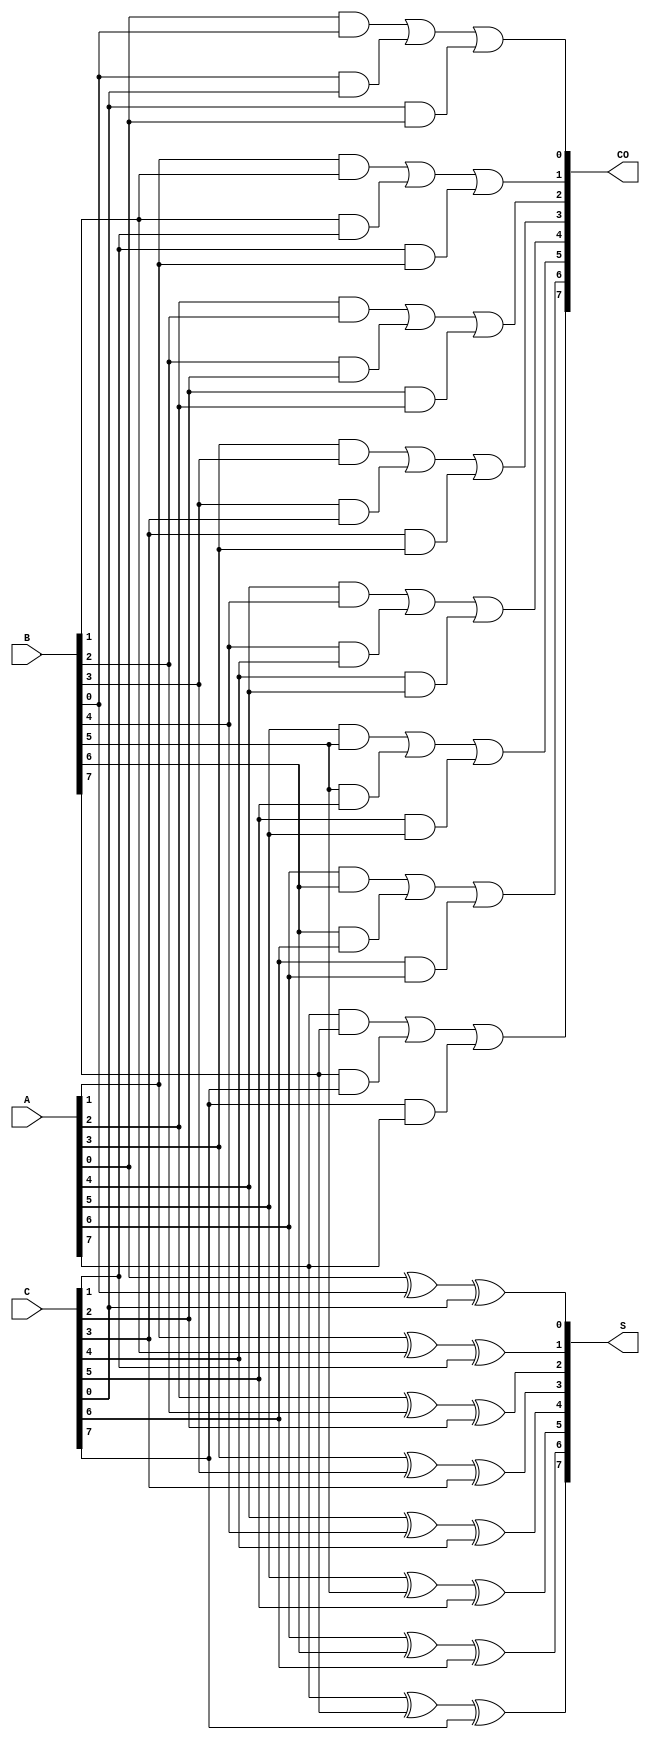
module CarrySaveAdder #(
    parameter n = 8 // You can set the bit-width of the inputs here
)(
    input wire [n-1:0] A, // First n-bit input
    input wire [n-1:0] B, // Second n-bit input
    input wire [n-1:0] C, // Third n-bit input
    output wire [n-1:0] S, // Sum output
    output wire [n-1:0] CO // Carry output
);

    // Generate sum and carry for each bit position
    genvar i;
    generate
        for (i = 0; i < n; i = i + 1) begin : CSA
            // Sum bit calculation using XOR
            assign S[i] = A[i] ^ B[i] ^ C[i];
            
            // Carry bit calculation using AND/OR
            assign CO[i] = (A[i] & B[i]) | (B[i] & C[i]) | (C[i] & A[i]);
        end
    endgenerate

endmodule